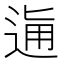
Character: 𨓛